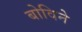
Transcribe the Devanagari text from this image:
बोविने